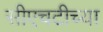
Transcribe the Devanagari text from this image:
सीएचटीच्या